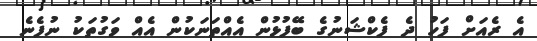
އެ ރެއަށް ފަހު ދެ ފެކްޝަނުގެ ބޭފުޅުން އެއްތަނަކުން އެއް ވަގުތަކު ނުފެނެ